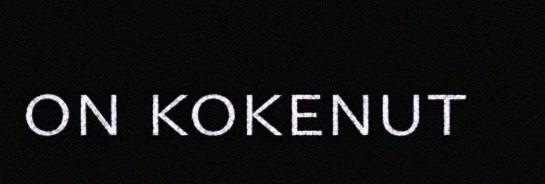
on kokenut